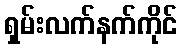
ရှမ်းလက်နက်ကိုင်